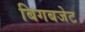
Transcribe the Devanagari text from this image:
बिगबजेट